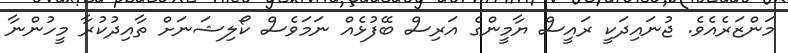
މަންޒަރެއެވެ. ޖުނައިދަކީ ރައީސް ޔާމީންގެ އަރިސް ބޭފުޅެއް ނަމަވެސް ކޯލިޝަނަށް ތާއިދުކުރާ މީހުންނާ